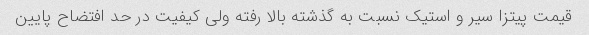
قیمت پیتزا سیر و استیک نسبت به گذشته بالا رفته ولی کیفیت در حد افتضاح پایین